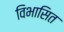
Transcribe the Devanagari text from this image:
विभासित